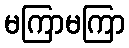
မကြာမကြာ